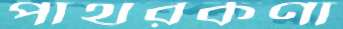
পাথরকণা